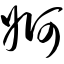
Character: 婀